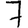
Digit: 7